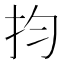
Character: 抣